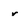
Character: r